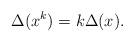
LaTeX: \begin{align*}\Delta(x ^k)=k \Delta(x).\end{align*}